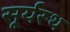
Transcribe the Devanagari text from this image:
सूर्यस्थ